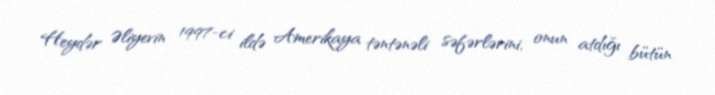
Heydər Əliyevin 1997-ci ildə Amerikaya təntənəli səfərlərini, onun atdığı bütün